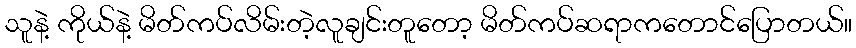
သူနဲ့ ကိုယ်နဲ့ မိတ်ကပ်လိမ်းတဲ့လူချင်းတူတော့ မိတ်ကပ်ဆရာကတောင်ပြောတယ်။